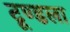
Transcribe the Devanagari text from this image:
टूण्‍डला